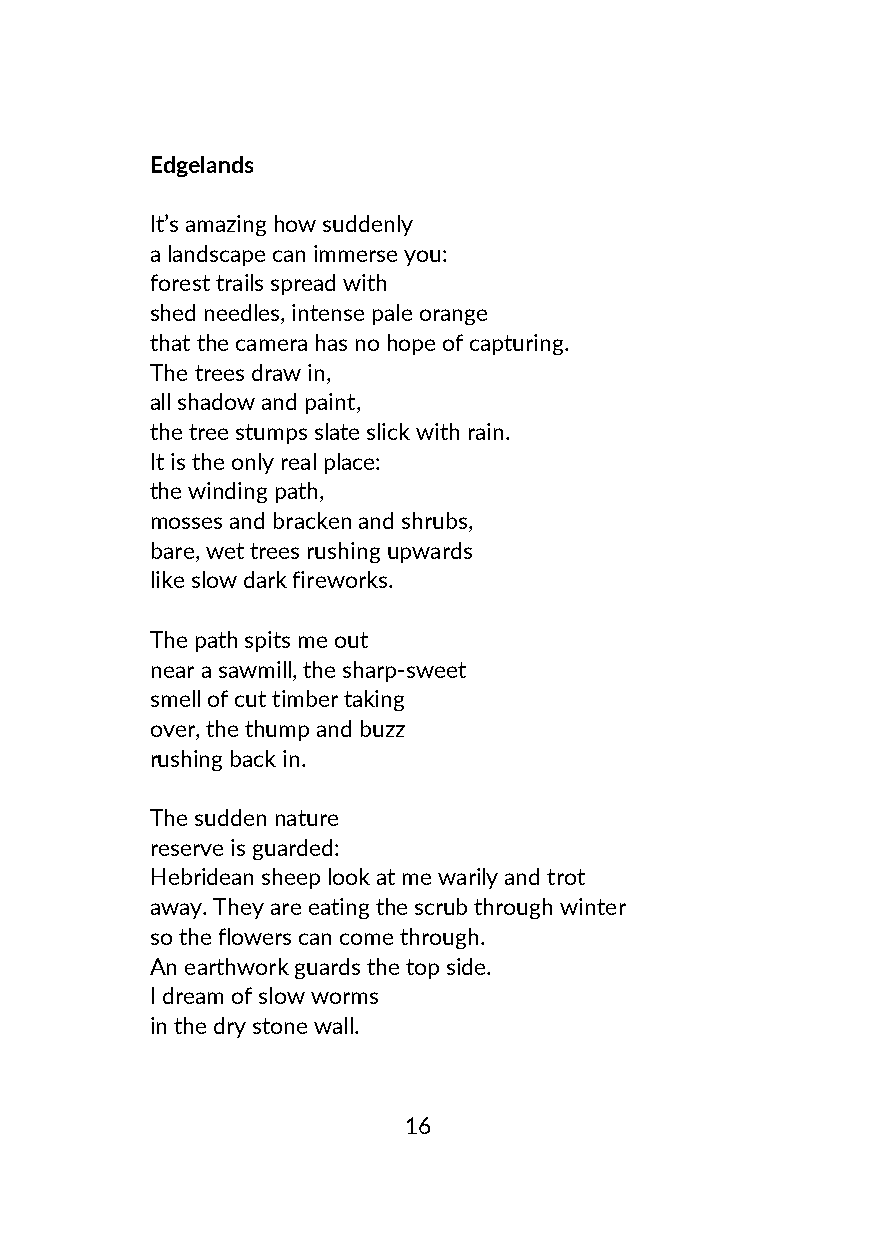
Edgelands
 It’s amazing how suddenly
 a landscape can immerse you:
 forest trails spread with
 shed needles, intense pale orange
 that the camera has no hope of capturing.
 The trees draw in,
 all shadow and paint,
 the tree stumps slate slick with rain.
 It is the only real place:
 the winding path,
 mosses and bracken and shrubs,
 bare, wet trees rushing upwards
 like slow dark fireworks.
 The path spits me out
 near a sawmill, the sharp-sweet
 smell of cut timber taking
 over, the thump and buzz
 rushing back in.
 The sudden nature
 reserve is guarded:
 Hebridean sheep look at me warily and trot
 away. They are eating the scrub through winter
 so the flowers can come through.
 An earthwork guards the top side.
 I dream of slow worms
 in the dry stone wall.
 16